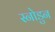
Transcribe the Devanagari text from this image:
स्नोडुन